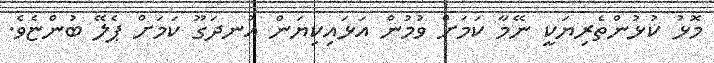
މޮޅު ކުޅުންތެރިޔަކީ ނޭމާ ކަމަށް ވުމުން އަޅައިކިޔަން އުނދަގޫ ކަމަށް ޕެލޭ ބުންޏެވެ.